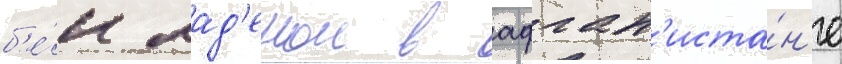
б'е́н лад'еном в афган'иста́н'е